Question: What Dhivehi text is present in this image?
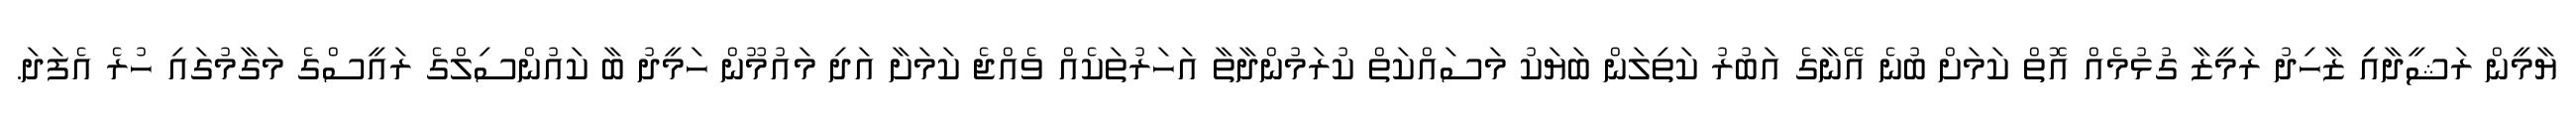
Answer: ޔާމީން ރަޝީދާއިި ޒާހިދު ރަމީޒާ ގުޅުމެއް އޮތް ކަމަށް ބުނެ އޭނާގެ އަބުރު ކަތިލަން ބަޔަކު މަސައްކަތް ކުރަމުންދާތާ އަހަރުތަކެއް ވެއްޖެ ކަމަށާ އަދި މައުމޫން ހަމީދު ބާ ކައުންސިލްގެ ރައީސްގެ މަގާމުގައި ހުރެ އެފަދަ.